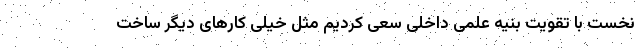
نخست با تقویت بنیه علمی داخلی سعی کردیم مثل خیلی کارهای دیگر ساخت